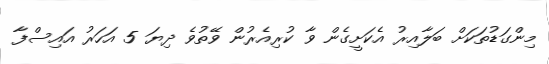
މިންގަޑުތަކަށް ބަލާއިރު އެކަށީގެން ވާ ކުރިއެރުން ވޭތުވެ ދިޔަ 5 އަހަރު އައިސްފާ